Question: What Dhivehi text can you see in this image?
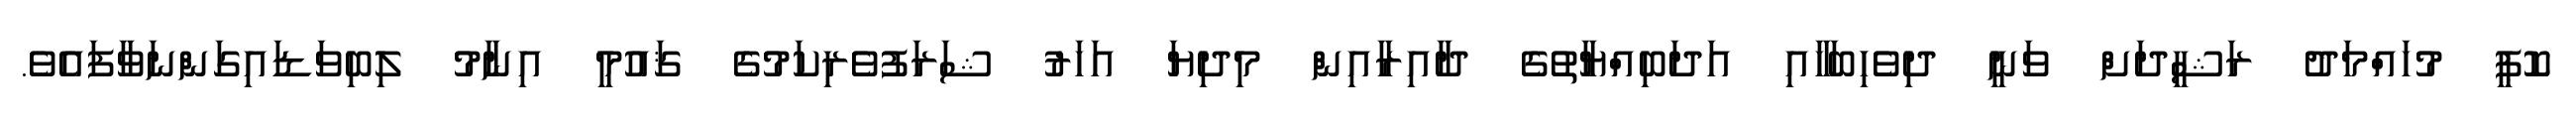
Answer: ކޮޕީ މުހައްމަދު ރަޝީދަށް ވަނީ ދިވެހިބަހާއި އަދަބިއްޔާތުގެ ދާއިރާއިން މިދިޔަ އަހަރު ޝަރަފުވެރިކަމުގެ ޤައުމީ އިނާމު ލިބިވަޑައިގަންނަވާފައެވެ.